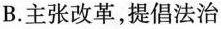
B.主张改革，提倡法治